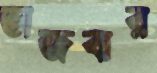
ভাজবার